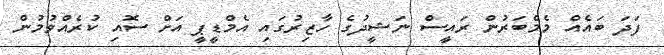
ފަދަ ބައެއް މެމްބަރުން ރައީސް ނަޝީދުގެ ހާޒިރުގައި އެމްޑީޕީ އަށް ސޮއި ކުރެއްވުމުން